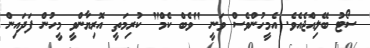
ސޯޓު ބޭލިއްޖެއެވެ. އެމީހުންވެސް ވަނީ "ވެބް ކެމް" ކުރިމަތީ އޮރިޔާންވީ މީހުން ފަދައިން